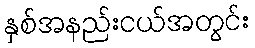
နှစ်အနည်းငယ်အတွင်း